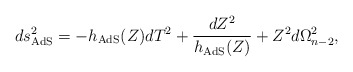
\begin{align*}ds^2_\textrm{AdS}=-h_\textrm{AdS}(Z)dT^2+\frac{dZ^2}{h_\textrm{AdS}(Z)}+Z^2 d\Omega_{n-2}^2,\end{align*}